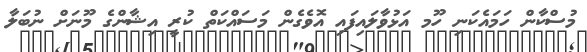
މުސްކާން ހަމައެކަނި ހޫމ އަޅުވާލައިފައި އޮވެގެން މަސައްކަތް ކުރީ އިޝާންގެ މޫނަށް ނުބަލާ